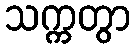
သက္ကတွာ